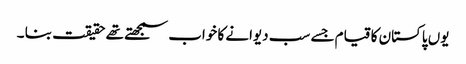
یوں پاکستان کا قیام جسے سب دیوانے کا خواب سمجھتے تھے حقیقت بنا ۔